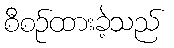
စီစဉ်ထားခဲ့သည်